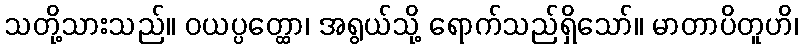
သတို့သားသည်။ ဝယပ္ပတ္ထော၊ အရွယ်သို့ ရောက်သည်ရှိသော်။ မာတာပိတူဟိ၊